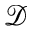
\mathcal { D }